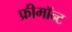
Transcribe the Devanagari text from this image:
फ्रीमॉन्‍ट